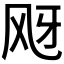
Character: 𱃕